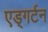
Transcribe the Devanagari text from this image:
एड्गर्टन